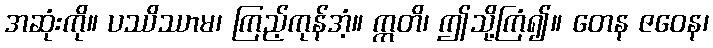
အဆုံးကို။ ပဿိဿာမ၊ ကြည့်ကုန်အံ့။ ဣတိ၊ ဤသို့ကြံ၍။ တေန ဇဝေန၊